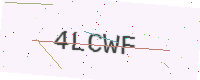
Text: 4LCWF